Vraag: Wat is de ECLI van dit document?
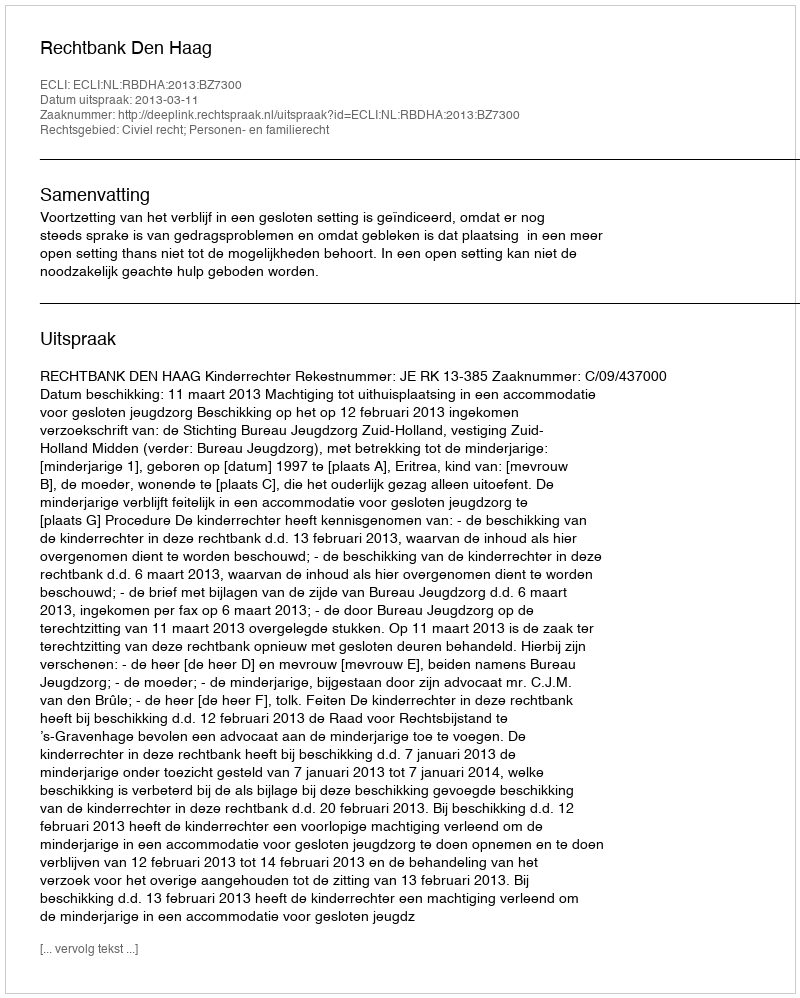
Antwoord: ECLI:NL:RBDHA:2013:BZ7300